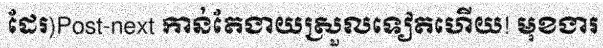
ដែរ)Post-next កាន់តែងាយស្រួលទៀតហើយ! មុខងារ